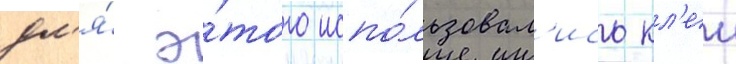
дл'я́ э́того испо́льзовал'ись кл'еи